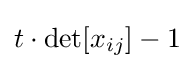
t\cdot \det[x_{ij}]-1